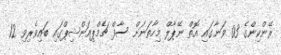
ރޭންކިންގެ 03 ވަނާގައި އޮތް ނޭޕާލް މިހާތަނަށް ސާފް ޗެމްޕިއަންޝިޕްގައި ބައިވެރިވި 12